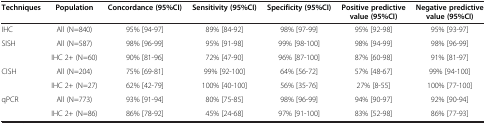
<table><thead><tr><td><b>Techniques</b></td><td><b>Population</b></td><td><b>Concordance (95%CI)</b></td><td><b>Sensitivity (95%CI)</b></td><td><b>Specificity (95%CI)</b></td><td><b>Positive predictive value (95%CI)</b></td><td><b>Negative predictive value (95%CI)</b></td></tr></thead><tbody><tr><td>IHC</td><td>All (N=840)</td><td>95% [94-97]</td><td>89% [84-92]</td><td>98% [97-99]</td><td>95% [92-98]</td><td>95% [93-97]</td></tr><tr><td>SISH</td><td>All (N=587)</td><td>98% [96-99]</td><td>95% [91-98]</td><td>99% [98-100]</td><td>98% [94-99]</td><td>98% [96-99]</td></tr><tr><td> </td><td>IHC 2+ (N=60)</td><td>90% [81-96]</td><td>72% [47-90]</td><td>96% [87-100]</td><td>87% [60-98]</td><td>91% [81-97]</td></tr><tr><td>CISH</td><td>All (N=204)</td><td>75% [69-81]</td><td>99% [92-100]</td><td>64% [56-72]</td><td>57% [48-67]</td><td>99% [94-100]</td></tr><tr><td> </td><td>IHC 2+ (N=27)</td><td>62% [42-79]</td><td>100% [40-100]</td><td>56% [35-76]</td><td>27% [8-55]</td><td>100% [77-100]</td></tr><tr><td>qPCR</td><td>All (N=773)</td><td>93% [91-94]</td><td>80% [75-85]</td><td>98% [96-99]</td><td>94% [90-97]</td><td>92% [90-94]</td></tr><tr><td> </td><td>IHC 2+ (N=86)</td><td>86% [78-92]</td><td>45% [24-68]</td><td>97% [91-100]</td><td>83% [52-98]</td><td>86% [77-93]</td></tr></tbody></table>